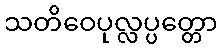
သတိဝေပုလ္လပ္ပတ္တော